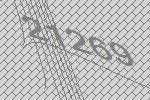
21269